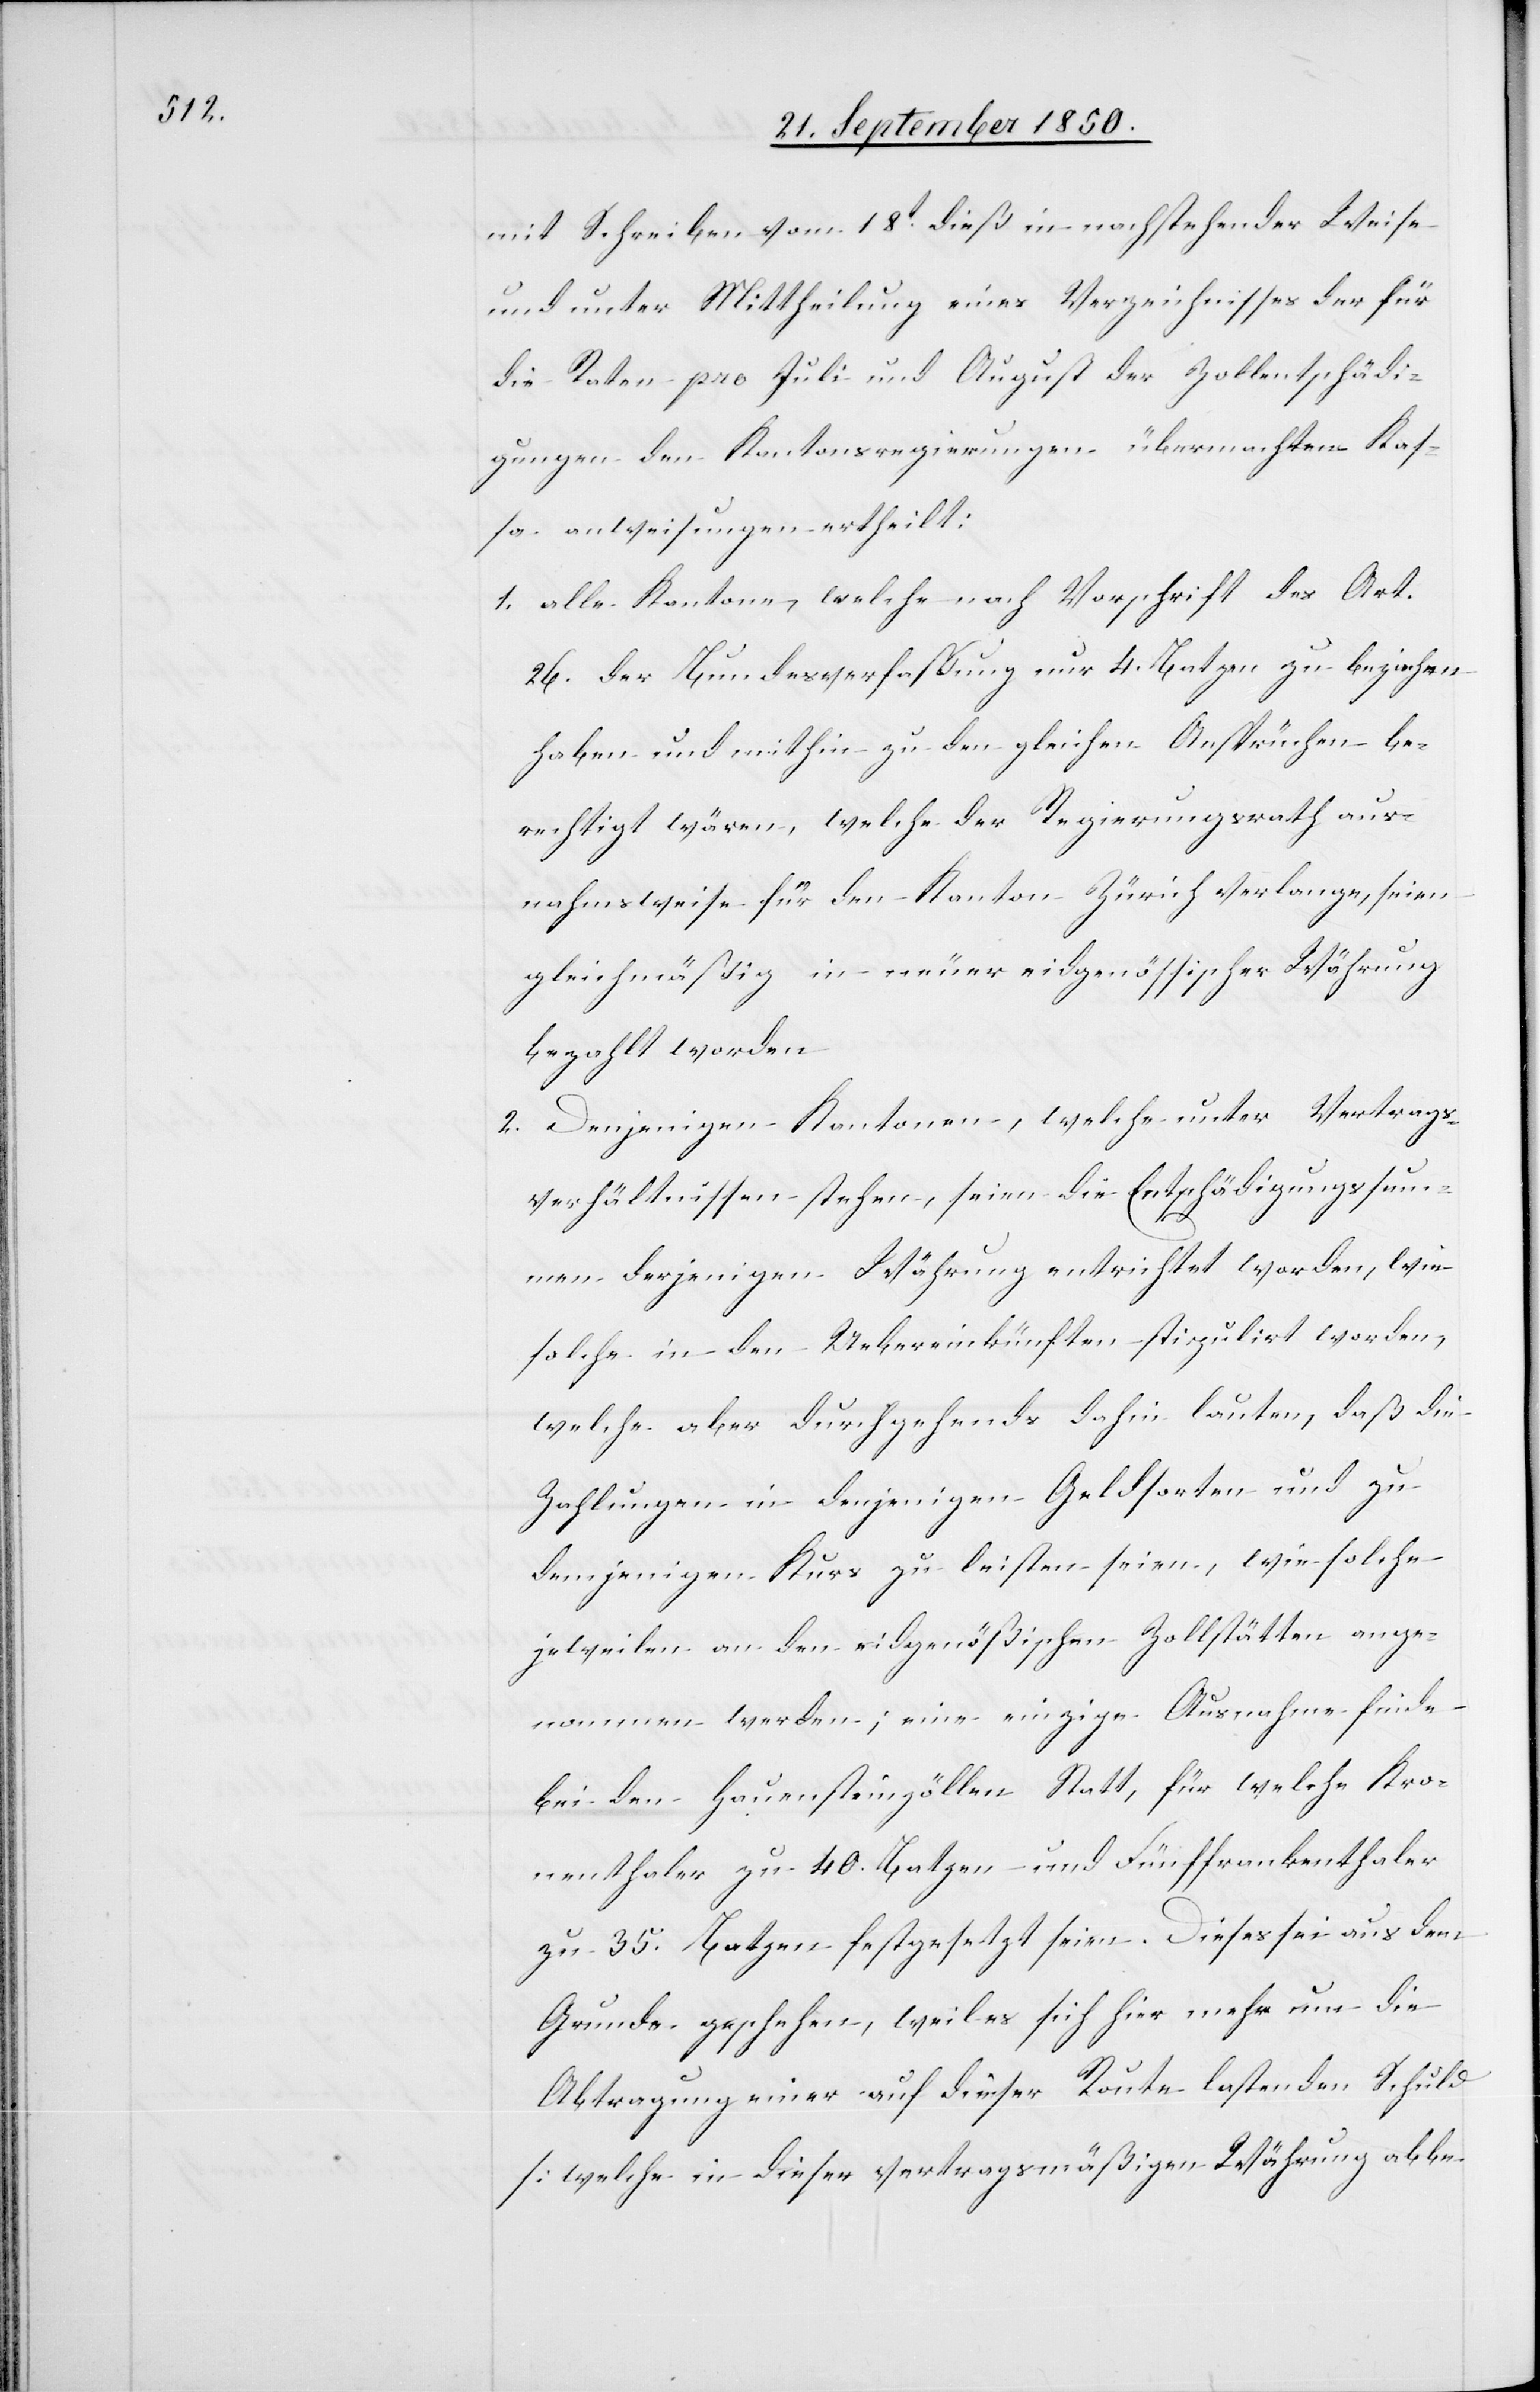
mit Schreiben vom 18t dieß in nachstehender Weise
und unter Mittheilung eines Verzeichnisses der für
die Raten pro Juli und August der Zollentschädi¬
gungen den Kantonsregierungen übermachten Kas¬
1. alle Kantone, welche nach Vorschrift des Art.
26. der Bundesverfassung nur 4. Btzen zu beziehen
haben und mithin zu den gleichen Ansprüchen be¬
rechtigt wären, welche der Regierungsrath aus¬
nahmsweise für den Kanton Zürich verlange, seien
gleichmäßig in neuer eidgenössischer Währung
bezahlt worden
2. Denjenigen Kantonen, welche unter Vertrags¬
verhältnissen stehen, seien die Entschädigungssum¬
men derjenigen Währung entrichtet worden, wie
solche in den Uebereinkünften stipulirt worden,
welche aber durchgehends dahin lauten, daß die
Zahlungen in denjenigen Geldsorten und zu
demjenigen Kurs zu leisten seien, wie solche
jeweilen an den eidgenößischen Zollstätten ange¬
nommen werden; eine einzige Ausnahme finde
bei den Hauensteinzöllen Statt, für welche Kro¬
nenthaler zu 40. Btzen und Fünffrankenthaler
zu 35. Batzen festgesetzt seien. Dieses sei aus dem
Grunde geschehen, weil es sich hier mehr um die
Abtragung einer auf dieser Route lastenden Schuld
[welche in dieser vertragsmäßigen Währung abbe-

sa